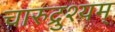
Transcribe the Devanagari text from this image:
चारुद्रुश्यम्